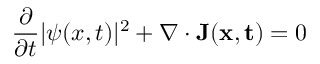
{ \frac { \partial } { \partial t } } | \psi ( x , t ) | ^ { 2 } + \nabla \cdot \mathbf { J ( x , t ) } = 0